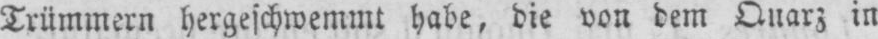
Trümmern hergeschwemmt habe, die von dem Quarz in